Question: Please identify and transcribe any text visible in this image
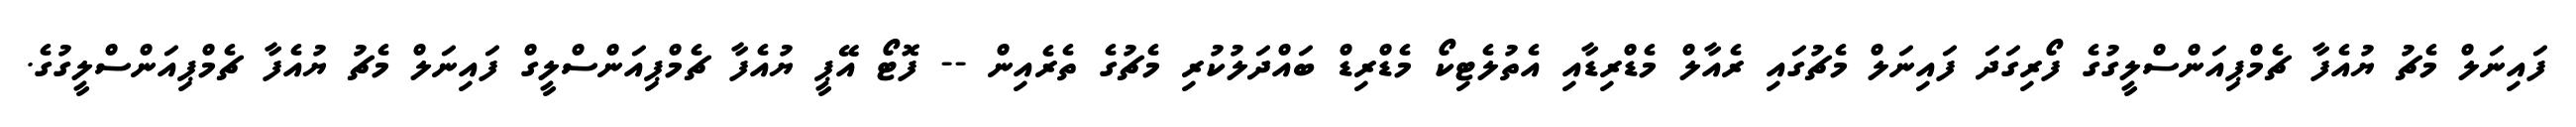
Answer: ފައިނަލް މެޗު ޔުއެފާ ޗެމްޕިއަންސްލީގުގެ ފޯރިގަދަ ފައިނަލް މެޗުގައި ރެއާލް މެޑްރިޑާއި އެތުލެޓިކޯ މެޑްރިޑް ބައްދަލުކުރި މެޗުގެ ތެރެއިން -- ފޮޓޯ އޭޕީ ޔުއެފާ ޗެމްޕިއަންސްލީގް ފައިނަލް މެޗު ޔުއެފާ ޗެމްޕިއަންސްލީގުގެ.